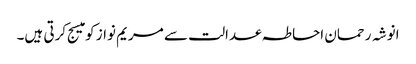
انوشہ رحمان احاطہ عدالت سے مریم نواز کو میسج کرتی ہیں۔